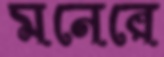
মনেরে